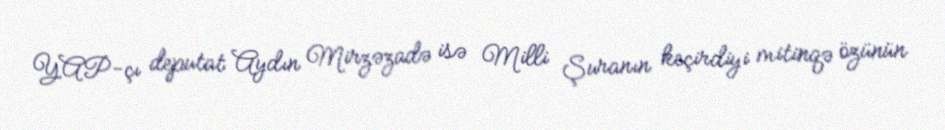
YAP-çı deputat Aydın Mirzəzadə isə Milli Şuranın keçirdiyi mitinqə özünün